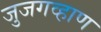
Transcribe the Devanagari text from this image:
जुजगव्हाण